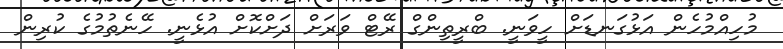
މުހިއްމުހެން އަޅުގަނޑަށް ހީވަނީ. ބްރީތިންގް ރޭޓް ވަރަށް ދަށްކޮށް އުޅެނީ. ހޭނެތުމުގެ ކުރިން